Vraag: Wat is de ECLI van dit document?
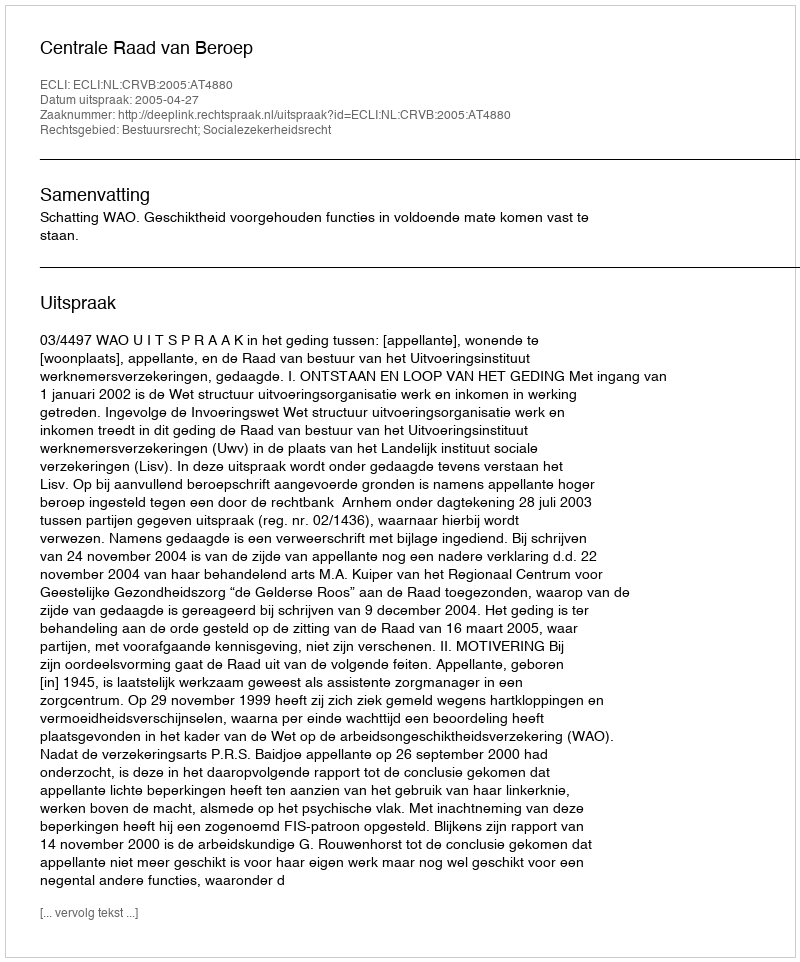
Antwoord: ECLI:NL:CRVB:2005:AT4880